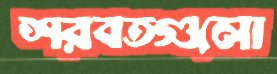
শরবতগুলো